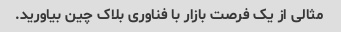
مثالی از یک فرصت بازار با فناوری بلاک چین بیاورید.